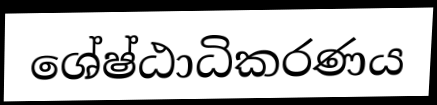
ශේෂ්ඨාධිකරණය